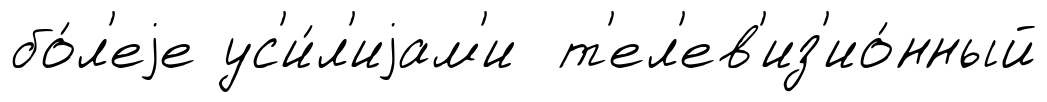
бо́л'еjе ус'и́л'иjам'и т'ел'ев'из'ио́нный